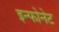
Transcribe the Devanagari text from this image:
इन्फोनेट